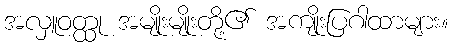
အလှူဝတ္ထု အမျိုးမျိုးတို့၏ အကျိုးပြဂါထာများ။